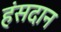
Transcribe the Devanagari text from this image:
हंसदान